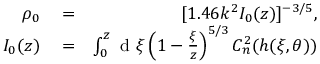
\begin{array} { r l r } { \rho _ { 0 } } & { { } = } & { [ 1 . 4 6 k ^ { 2 } I _ { 0 } ( z ) ] ^ { - 3 / 5 } , } \\ { I _ { 0 } ( z ) } & { { } = } & { \int _ { 0 } ^ { z } \mathrm { ~ d ~ } \xi \left( 1 - \frac { \xi } { z } \right) ^ { 5 / 3 } C _ { n } ^ { 2 } ( h ( \xi , \theta ) ) } \end{array}